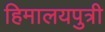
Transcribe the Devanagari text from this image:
हिमालयपुत्री